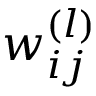
w _ { i j } ^ { ( l ) }